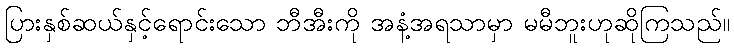
ပြားနှစ်ဆယ်နှင့်ရောင်းသော ဘီအီးကို အနံ့အရသာမှာ မမီဘူးဟုဆိုကြသည်။